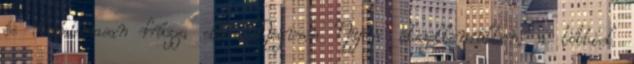
és diadalmasan húzza elő. Megvan Nyögi átszellemülten, a többiek